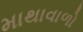
માથાવાળો